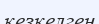
кезкелген